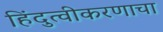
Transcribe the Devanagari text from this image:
हिंदुत्वीकरणाचा